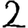
Digit: 2